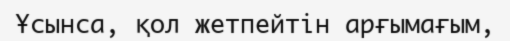
Ұсынса, қол жетпейтін арғымағым,